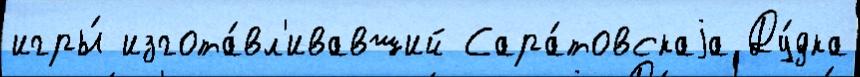
игры́ изгота́вл'ивавший Сара́товскаjа Ду́дка